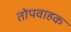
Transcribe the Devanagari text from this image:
तोपवाहक